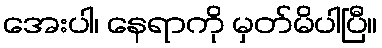
အေးပါ၊ နေရာကို မှတ်မိပါပြီ။